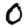
Digit: 0